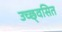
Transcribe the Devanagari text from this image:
उच्छ्‌वसित